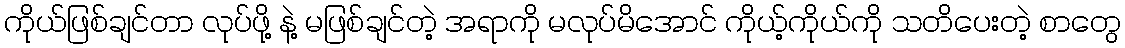
ကိုယ်ဖြစ်ချင်တာ လုပ်ဖို့ နဲ့ မဖြစ်ချင်တဲ့ အရာကို မလုပ်မိအောင် ကိုယ့်ကိုယ်ကို သတိပေးတဲ့ စာတွေ